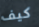
كيف